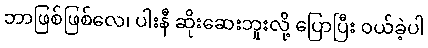
ဘာဖြစ်ဖြစ်လေ၊ ပါးနီ ဆိုးဆေးဘူးလို့ ပြောပြီး ဝယ်ခဲ့ပါ